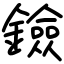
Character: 鐱